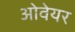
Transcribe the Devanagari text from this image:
ओवेयर